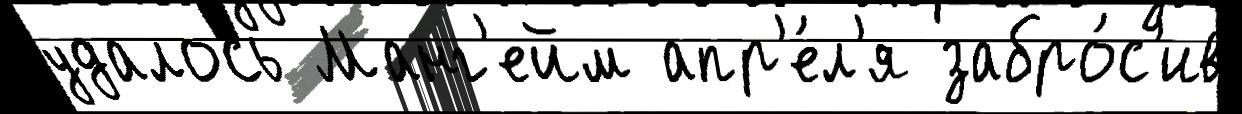
удалось Манг'ейм апр'е́л'я забро́с'ив